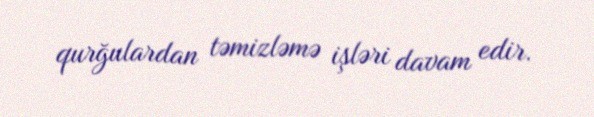
qurğulardan təmizləmə işləri davam edir.